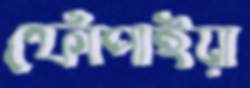
ফোঁপাইয়া